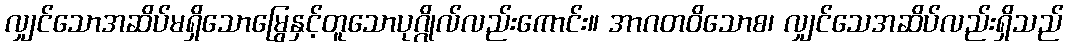
လျှင်သောအဆိပ်မရှိသောမြွေနှင့်တူသောပုဂ္ဂိုလ်လည်းကောင်း။ အာဂတဝိသောစ၊ လျှင်သေအဆိပ်လည်းရှိသည်